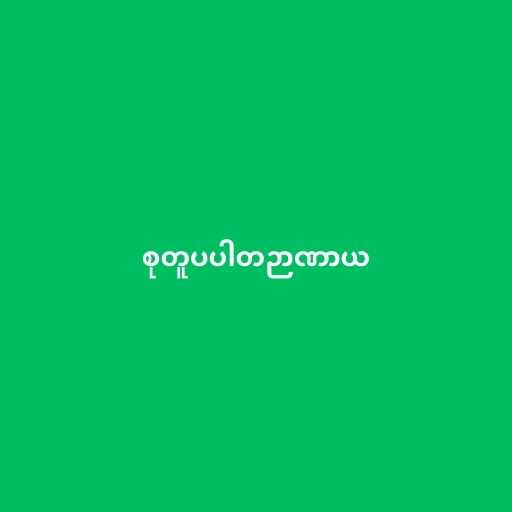
စုတူပပါတဉာဏာယ